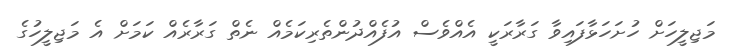
މަޖިލީހަށް ހުށަހަޅާފައިވާ ގަރާރަކީ އެއްވެސް އުފެއްދުންތެރިކަމެއް ނެތް ގަރާރެއް ކަމަށް އެ މަޖިލީހުގެ